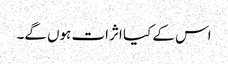
اس کے کیا اثرات ہوں گے۔